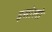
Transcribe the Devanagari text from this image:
इसोलो